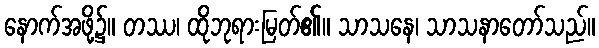
နောက်အဖို့၌။ တဿ၊ ထိုဘုရားမြတ်၏။ သာသနေ၊ သာသနာတော်သည်။